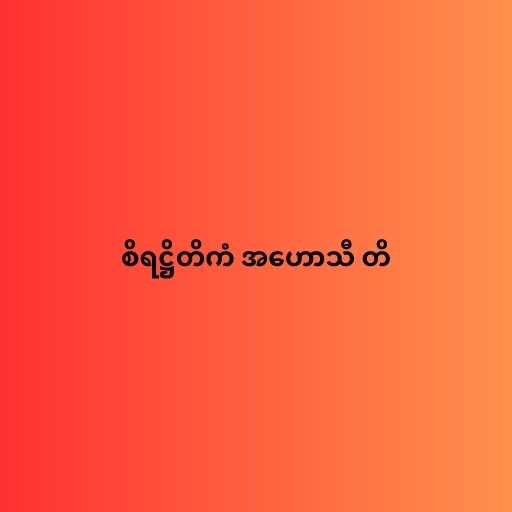
စိရဋ္ဌိတိကံ အဟောသီ တိ